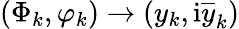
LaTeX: (\Phi_{k},\varphi_{k})\rightarrow(y_{k},\mathrm{i}\overline{{y}}_{k})